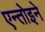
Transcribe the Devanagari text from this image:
एन्तोइने